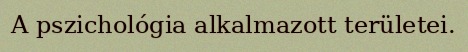
A pszichológia alkalmazott területei.